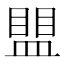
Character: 𰥀